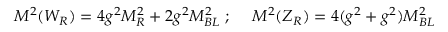
M ^ { 2 } ( W _ { R } ) = 4 g ^ { 2 } M _ { R } ^ { 2 } + 2 g ^ { 2 } M _ { B L } ^ { 2 } \; ; \; \quad M ^ { 2 } ( Z _ { R } ) = 4 ( g ^ { 2 } + g ^ { 2 } ) M _ { B L } ^ { 2 }